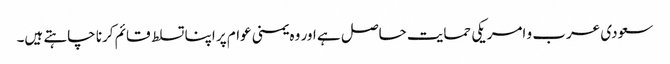
سعودی عرب و امریکی حمایت حاصل ہے اور وہ یمنی عوام پر اپنا تسلط قائم کرنا چاہتے ہیں۔